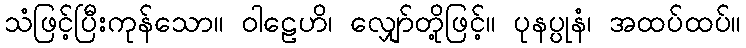
သံဖြင့်ပြီးကုန်သော။ ဝါဠေဟိ၊ လျှော်တို့ဖြင့်။ ပုနပ္ပုနံ၊ အထပ်ထပ်။